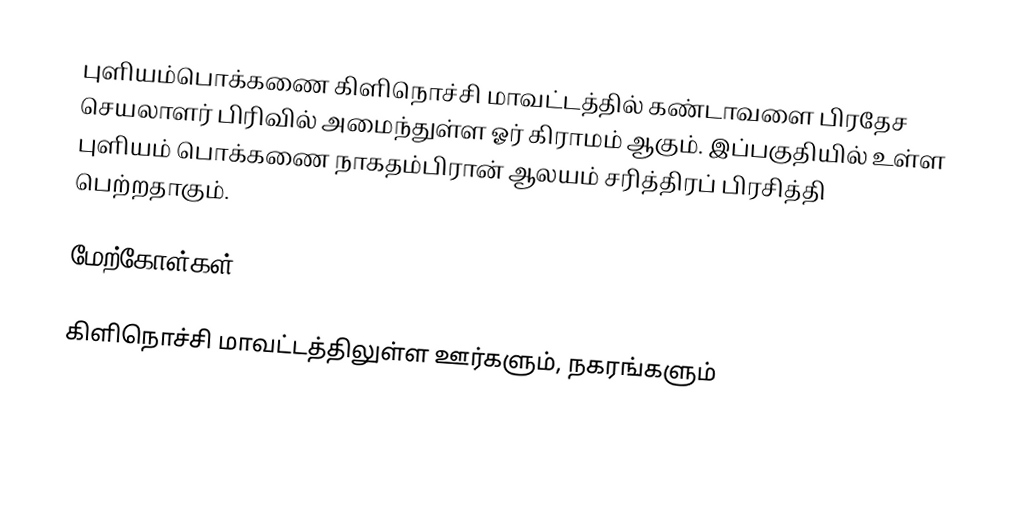
புளியம்பொக்கணை கிளிநொச்சி மாவட்டத்தில் கண்டாவளை பிரதேச செயலாளர் பிரிவில் அமைந்துள்ள ஓர் கிராமம் ஆகும். இப்பகுதியில் உள்ள புளியம் பொக்கணை நாகதம்பிரான் ஆலயம் சரித்திரப் பிரசித்தி பெற்றதாகும்.

மேற்கோள்கள்

கிளிநொச்சி மாவட்டத்திலுள்ள ஊர்களும், நகரங்களும்